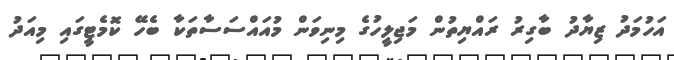
އަހުމަދު ޒިޔާދު ބާގިރު ރައްޔިތުން މަޖިލީހުގެ މިނިވަން މުއައްސަސާތަކާ ބެހޭ ކޮމެޓީގައި މިއަދު